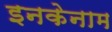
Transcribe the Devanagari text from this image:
इनकेनाम